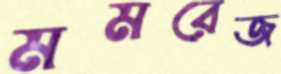
মমরেজ